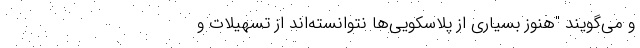
و می‌گویند "هنوز بسیاری از پلاسکویی‌ها نتوانسته‌اند از تسهیلات و